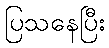
ပြသနေပြီး